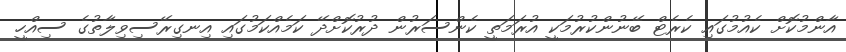
އާންމުކޮށް ކެއުމުގައި ކެރެޓް ބޭނުންކުރުމަކީ އުރަމަތީ ކެންސަރުން ދުރުކޮށްދޭ ކަމެއްކަމުގައި އިނގިރޭސިވިލާތުގެ ސިއްހީ